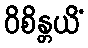
ဝိစိန္တယိံ